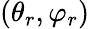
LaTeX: (\theta_{r},\varphi_{r})